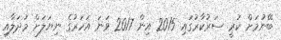
ބޭނުމަށް ކުރީ ސަރުކާރުގައި 2015 އިން 2017 ވަނަ އަހަރުގެ ނިޔަލަށް މުދަލާއި